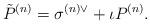
LaTeX: \begin{align*}\tilde P^{(n)} = \sigma ^{(n)\vee} + \iota P^{(n)}.\end{align*}